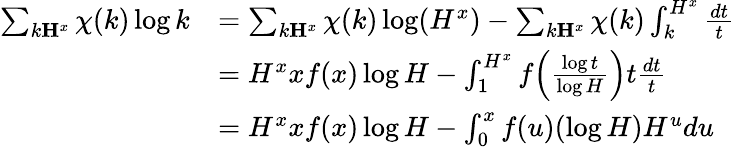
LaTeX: \begin{array}{rl}{\sum_{k\le H^{x}}\chi(k)\log k}&{=\sum_{k\le H^{x}}\chi(k)\log(H^{x})-\sum_{k\le H^{x}}\chi(k)\int_{k}^{H^{x}}\frac{dt}{t}}\\ &{=H^{x}xf(x)\log H-\int_{1}^{H^{x}}f\Bigl(\frac{\log t}{\log H}\Bigr)t\frac{dt}{t}}\\ &{=H^{x}xf(x)\log H-\int_{0}^{x}f(u)(\log H)H^{u}du}\end{array}